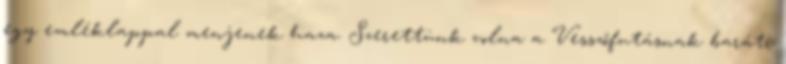
egy emléklappal menjenek haza. Szerettünk volna a Vesszőfutásnak baráti